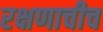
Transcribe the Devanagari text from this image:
रक्षणाचीच